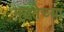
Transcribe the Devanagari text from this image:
गूढतेच्या